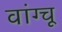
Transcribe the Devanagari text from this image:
वांग्चू